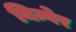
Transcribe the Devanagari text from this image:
यिन्गेर